Report on sanitation, dispensaries, and jails in Rajputana for 1918, and on vaccination for the year 1918-1919 - 1918-1919
Year: 1918
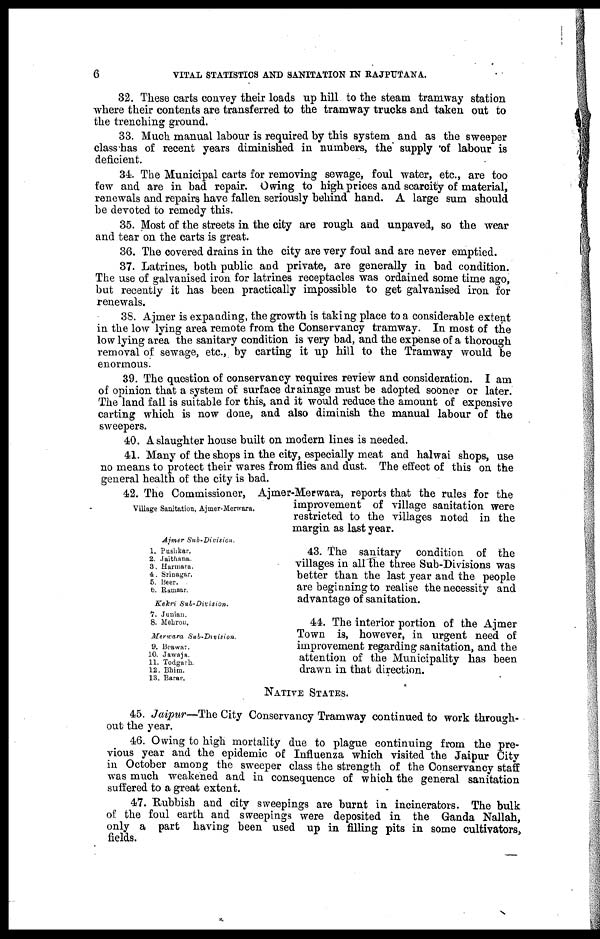
6
VITAL STATISTICS AND SANITATION IN RAJPUTANA.
32. These carts convey their loads up hill to the steam tramway station
where their contents are transferred to the tramway trucks and taken out to
the trenching ground.
33. Much manual labour is required by this system and as the sweeper
class has of recent years diminished in numbers, the supply of labour is
deficient.
34. The Municipal carts for removing sewage, foul water, etc., are too
few and are in bad repair. Owing to high prices and scarcity of material,
renewals and repairs have fallen seriously behind hand. A large sum should
be devoted to remedy this.
35. Most of the streets in the city are rough and unpaved, so the wear
and tear on the carts is great.
36. The covered drains in the city are very foul and are never emptied.
37. Latrines, both public and private, are generally in bad condition.
The use of galvanised iron for latrines receptacles was ordained some time ago,
but recently it has been practically impossible to get galvanised iron for
renewals.
38. Ajmer is expanding, the growth is taking place to a considerable extent
in the low lying area remote from the Conservancy tramway. In most of the
low lying area the sanitary condition is very bad, and the expense of a thorough
removal of sewage, etc., by carting it up hill to the Tramway would be
enormous.
39. The question of conservancy requires review and consideration. I am
of opinion that a system of surface drainage must be adopted sooner or later.
The land fall is suitable for this, and it would reduce the amount of expensive
carting which is now done, and also diminish the manual labour of the
sweepers.
40. A slaughter house built on modern lines is needed.
41. Many of the shops in the city, especially meat and halwai shops, use
no means to protect their wares from flies and dust. The effect of this on the
general health of the city is bad.
Village Sanitation, Ajmer-Merwara.
42. The Commissioner, Ajmer-Merwara, reports that the rules for the
improvement of village sanitation were
restricted to the villages noted in the
margin as last year.
Aimer Sub-Division.
1. Pushkar.
2. Jaithana.
3. Harmara.
4. Srinagar.
5. Beer.
6. Ramsar.
43. The sanitary condition of the
villages in all the three Sub-Divisions was
better than the last year and the people
are beginning to realise the necessity and
advantage of sanitation.
Kekri
Sub-Division.
7. Junian.
8. Mebrou.
Merwara
Sub-Division.
9. Beawar.
10. Jawaja.
11. Todgarh.
12. Bhim.
13. Barar.
44. The interior portion of the Ajmer
Town is, however, in urgent need of
improvement regarding sanitation, and the
attention of the Municipality has been
drawn in that direction.
NATIVE STATES.
45. Jaipur—The City Conservancy Tramway continued to work through-
out the year.
46. Owing to high mortality due to plague continuing from the pre-
vious year and the epidemic of Influenza which visited the Jaipur City
in October among the sweeper class the strength of the Conservancy staff
was much weakened and in consequence of which the general sanitation
suffered to a great extent.
47. Rubbish and city sweepings are burnt in incinerators. The bulk
of the foul earth and sweepings were deposited in the Ganda Nallah,
only a part having been used up in filling pits in some cultivators,
fields.